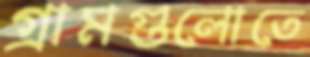
গ্রামগুলোতে